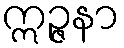
ဣဉ္ဇနာ